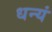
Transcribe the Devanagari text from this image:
धन्यं